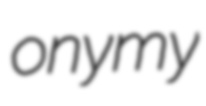
onymy